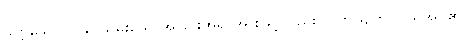
သဗ္ဗသောဝါ၊ ခပ်သိမ်းသောအခြင်းအရာအားဖြင့်လည်း။ ပဟိယျတိ၊ ပယ်အပ်၏။